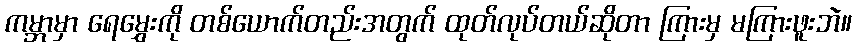
ကမ္ဘာမှာ ရေမွှေးကို တစ်ယောက်တည်းအတွက် ထုတ်လုပ်တယ်ဆိုတာ ကြားမှ မကြားဖူးဘဲ။